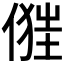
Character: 𠍧